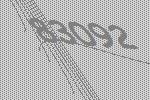
83092